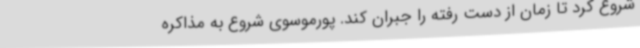
شروع کرد تا زمان از دست رفته را جبران کند. پورموسوی شروع به مذاکره